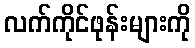
လက်ကိုင်ဖုန်းများကို